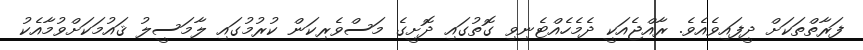
ފަރާތްތަކަށް ދީފައިވެއެވެ. ރާއްޖެއަކީ ދެމެހެއްޓެނިވި ގޮތުގައި ދޮށީގެ މަސްވެރިކަން ކުރުމުގައި ލާމަސީލު ޤައުމަކަށްވުމާއެކު